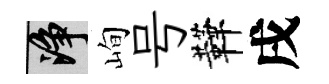
净峋号鞾戌